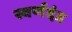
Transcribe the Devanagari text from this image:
स्वर्णदंड